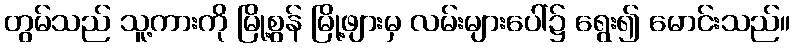
တွမ်သည် သူ့ကားကို မြို့စွန် မြို့ဖျားမှ လမ်းများပေါ်၌ ရွေး၍ မောင်းသည်။